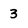
Character: 3